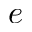
e